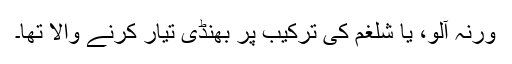
ورنہ آلو، یا شلغم کی ترکیب پر بھنڈی تیار کرنے والا تھا۔